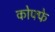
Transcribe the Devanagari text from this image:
कोफ्फे